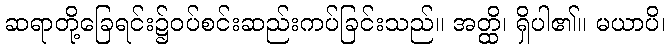
ဆရာတို့ခြေရင်း၌ဝပ်စင်းဆည်းကပ်ခြင်းသည်။ အတ္ထိ၊ ရှိပါ၏။ မယာပိ၊